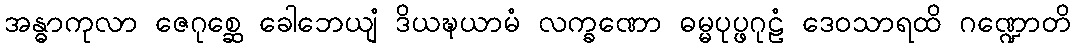
အန္ဓာကုလာ ဇေဂုစ္ဆေ ခေါဘေယျံ ဒိယဍ္ဎယာမံ လက္ခဏော ဓမ္မပုပ္ဖဂုဠံ ဒေဝသာရထိ ဂဏ္ဍောတိ